Newspaper: Daily national Democrat. [volume]
Place of publication: Marysville, Calif.
Publisher: A.S. Randall & Co.
Date: 1860-07-26 00:00:00
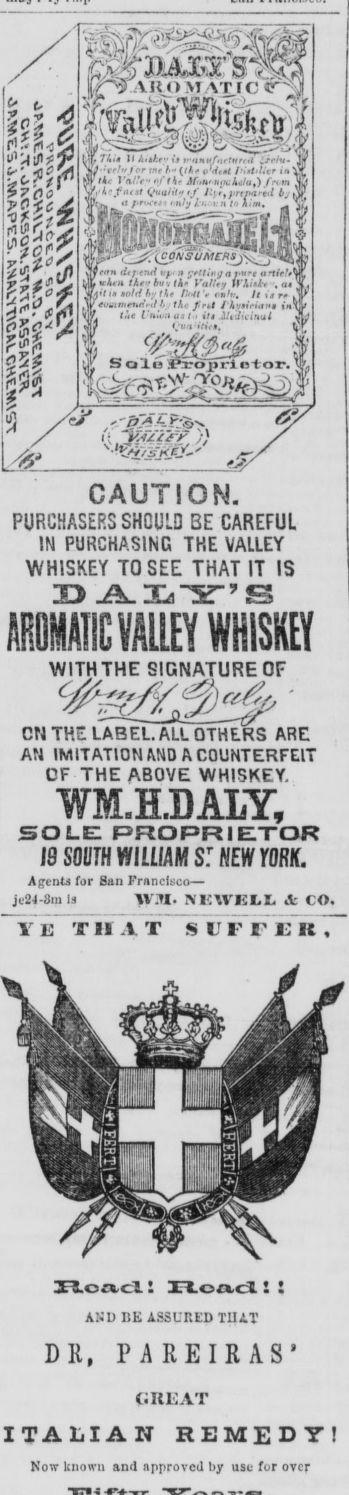
Label: illustrations